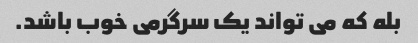
بله که می تواند یک سرگرمی خوب باشد.